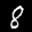
Label: 8